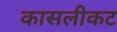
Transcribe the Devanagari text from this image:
कासलीकट